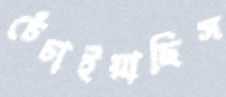
চেঁচাইয়াছিস